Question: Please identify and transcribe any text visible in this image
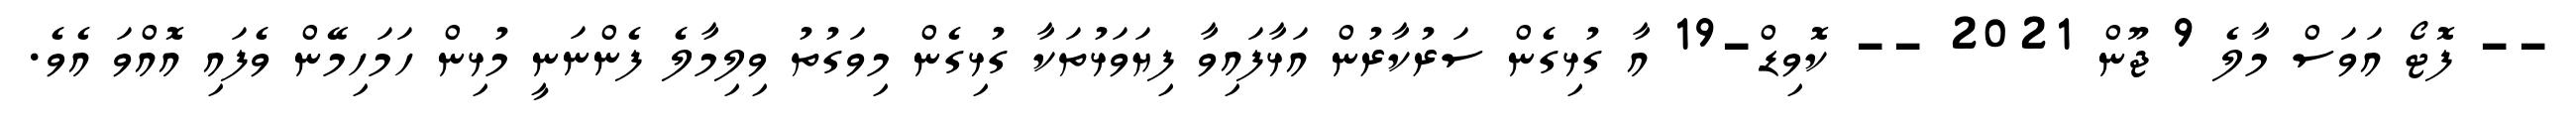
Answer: -- ފޮޓޯ އަވަސް މާލެ 9 ޖޫން 2021 -- ކޮވިޑް-19 އާ ގުޅިގެން ސަރުކާރުން އަޅާފައިވާ ފިޔަވަޅުތަކާ ގުޅިގެން މިވަގުތު ވިލިމާލެ ފެންނަނީ މުޅިން ހަމަހިމޭން ވެފައި އޮއްވަ އެވެ.